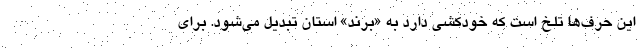
این حرف‌ها تلخ است که خودکشی دارد به «برند» استان تبدیل می‌شود. برای